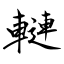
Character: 轋